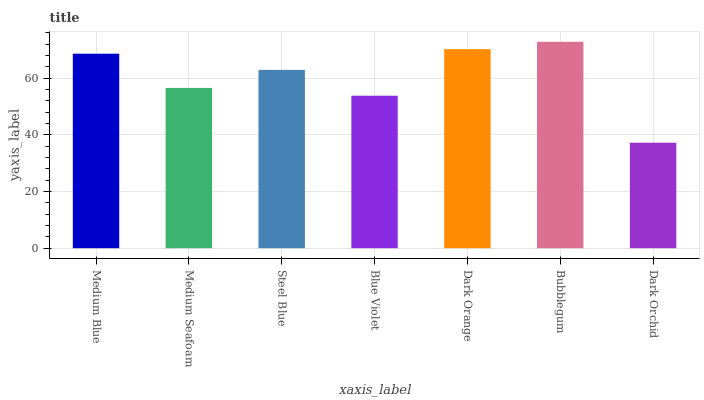
| xaxis_label | bars |
 | --- | --- |
 | Medium Blue | 68.6 |
 | Medium Seafoam | 56.5 |
 | Steel Blue | 62.9 |
 | Blue Violet | 53.8 |
 | Dark Orange | 70.2 |
 | Bubblegum | 72.8 |
 | Dark Orchid | 37.2 |